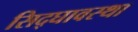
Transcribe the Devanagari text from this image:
सिद्घावस्था